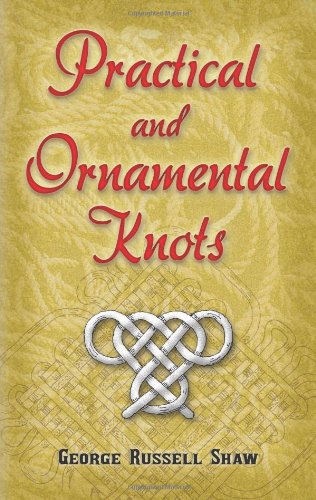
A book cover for Practical and Ornamental Knots; George Russell Shaw; Crafts, Hobbies & Home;